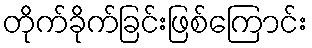
တိုက်ခိုက်ခြင်းဖြစ်ကြောင်း